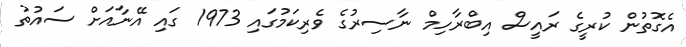
އެގޮތުން ކުރީގެ ރައީސް އިބްރާހިމް ނާސިރުގެ ވެރިކަމުގައި 1973 ގައި އޭނާއަށް ސައުތު